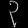
Digit: ၃